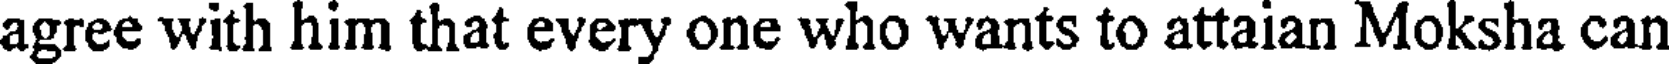
agree with him that every one who wants to attaian Moksha can